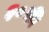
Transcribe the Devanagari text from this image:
३०की